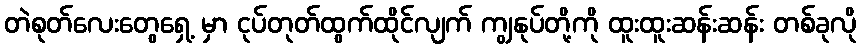
တဲစုတ်လေးတွေရှေ့ မှာ ငုပ်တုတ်ထွက်ထိုင်လျက် ကျွနုပ်တို့ကို ထူးထူးဆန်းဆန်း တစ်ခုလို